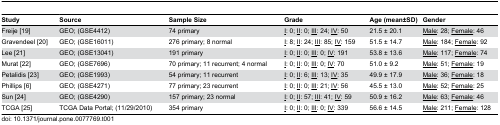
| Study | Source | Sample Size | Grade | Age (mean±SD) | Gender |
 | --- | --- | --- | --- | --- | --- |
 | Freije [19] | GEO; (GSE4412) | 74 primary | <underline>I</underline>: 0; <underline>II</underline>: 0; <underline>III</underline>: 24; <underline>IV</underline>: 50 | 21.5 ± 20.1 | <underline>Male</underline>: 28; <underline>Female</underline>: 46 |
 | Gravendeel [20] | GEO; (GSE16011) | 276 primary; 8 normal | <underline>I</underline>: 8; <underline>II</underline>: 24; <underline>III</underline>: 85; <underline>IV</underline>: 159 | 51.5 ± 14.7 | <underline>Male</underline>: 184; <underline>Female</underline>: 92 |
 | Lee [21] | GEO; (GSE13041) | 191 primary | <underline>I</underline>: 0; <underline>II</underline>: 0; <underline>III</underline>: 0; <underline>IV</underline>: 191 | 53.8 ± 13.6 | <underline>Male</underline>: 117; <underline>Female</underline>: 74 |
 | Murat [22] | GEO; (GSE7696) | 70 primary; 11 recurrent; 4 normal | <underline>I</underline>: 0; <underline>II</underline>: 0; <underline>III</underline>: 0; <underline>IV</underline>: 70 | 51.0 ± 9.2 | <underline>Male</underline>: 51; <underline>Female</underline>: 19 |
 | Petalidis [23] | GEO; (GSE1993) | 54 primary; 11 recurrent | <underline>I</underline>: 0; <underline>II</underline>: 6; <underline>III</underline>: 13; <underline>IV</underline>: 35 | 49.9 ± 17.9 | <underline>Male</underline>: 36; <underline>Female</underline>: 18 |
 | Phillips [6] | GEO; (GSE4271) | 77 primary; 23 recurrent | <underline>I</underline>: 0; <underline>II</underline>: 0; <underline>III</underline>: 21; <underline>IV</underline>: 56 | 45.5 ± 13.0 | <underline>Male</underline>: 52; <underline>Female</underline>: 25 |
 | Sun [24] | GEO; (GSE4290) | 157 primary; 23 normal | <underline>I</underline>: 0; <underline>II</underline>: 57; <underline>III</underline>: 41; <underline>IV</underline>: 59 | 50.9 ± 16.2 | <underline>Male</underline>: 63; <underline>Female</underline>: 46 |
 | TCGA [25] | TCGA Data Portal; (11/29/2010) | 354 primary | <underline>I</underline>: 0; <underline>II</underline>: 0; <underline>III</underline>: 0; <underline>IV</underline>: 339 | 56.6 ± 14.5 | <underline>Male</underline>: 211; <underline>Female</underline>: 128 |